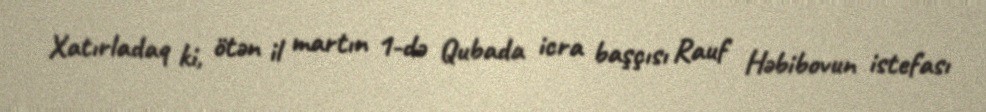
Xatırladaq ki, ötən il martın 1-də Qubada icra başçısı Rauf Həbibovun istefası